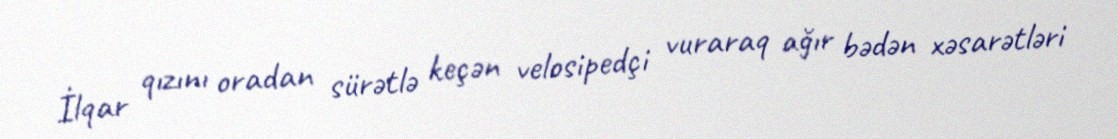
İlqar qızını oradan sürətlə keçən velosipedçi vuraraq ağır bədən xəsarətləri